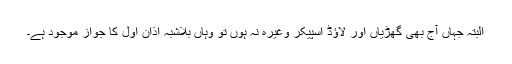
البتہ جہاں آج بھی گھڑیاں اور لاؤڈ اسپیکر وغیرہ نہ ہوں تو وہاں بلاشبہ اذانِ اوّل کا جواز موجود ہے۔